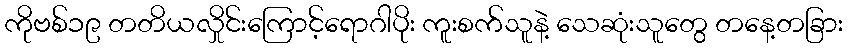
ကိုဗစ်၁၉ တတိယလှိုင်းကြောင့်ရောဂါပိုး ကူးစက်သူနဲ့ သေဆုံးသူတွေ တနေ့တခြား